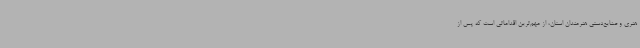
هنری و صنایع‌دستی هنرمندان استان، از مهم‌ترین اقداماتی است که پس از